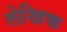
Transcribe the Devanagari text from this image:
लेखिक